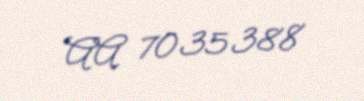
AA 7035388